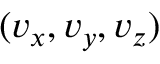
( v _ { x } , v _ { y } , v _ { z } )